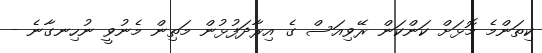
ކިތަންމެ މޮޅަށް ކަންކަން ރޭވިއަސް ގެ އިރާދަފުޅުން މަތިން މެނުވީ ނުހިނގާނެ -